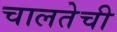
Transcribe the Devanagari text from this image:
चालतेची